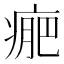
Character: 𤷂